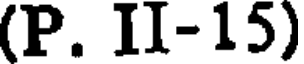
(P. II-15)